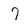
Character: 7